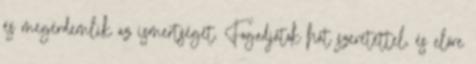
és megérdemlik az ismertséget. Fogadjátok hát szeretettel, és előre